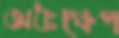
অধঃক্ষেপ